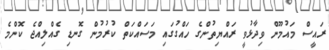
ރައީސް މައުމޫން ވިދާޅުވީ ރައްޔިތުންގެ ހައްގުގައި މަސައްކަތް ކުރުމުން ގޮނޑި ގެއްލިއްޖެ ކޮންމެ